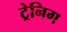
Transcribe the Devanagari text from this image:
ट्रेनिग